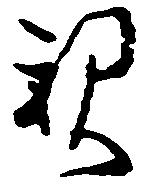
親